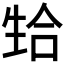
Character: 𬎴